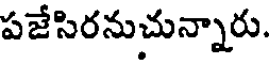
పజేసిరనుచున్నారు.